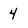
Character: 4